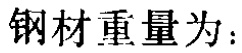
钢材重量为：